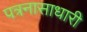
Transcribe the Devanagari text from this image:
पत्रनासाधारी